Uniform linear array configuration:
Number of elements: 48
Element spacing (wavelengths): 0.25
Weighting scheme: binomial
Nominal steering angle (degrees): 15
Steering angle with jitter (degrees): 14.43
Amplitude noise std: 0.05
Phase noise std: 0.05

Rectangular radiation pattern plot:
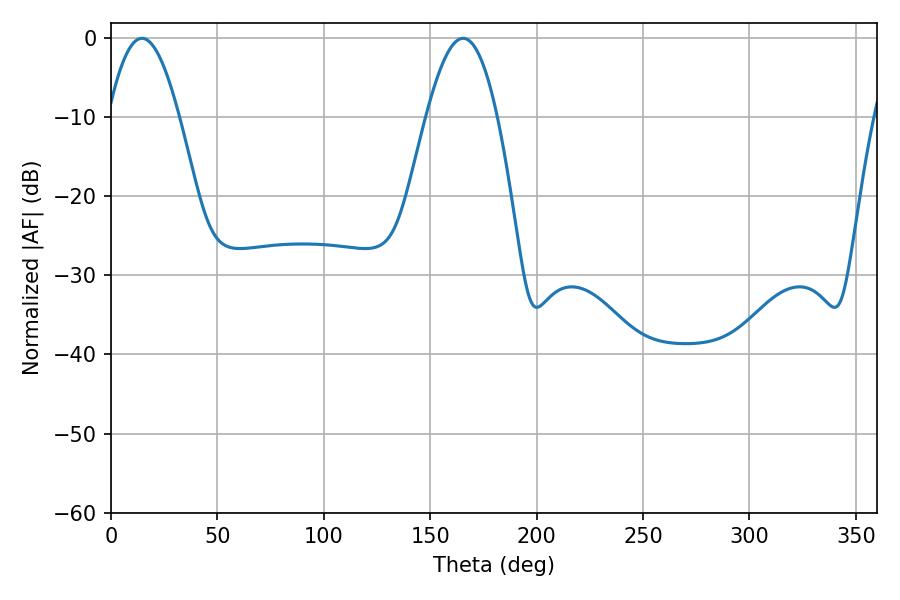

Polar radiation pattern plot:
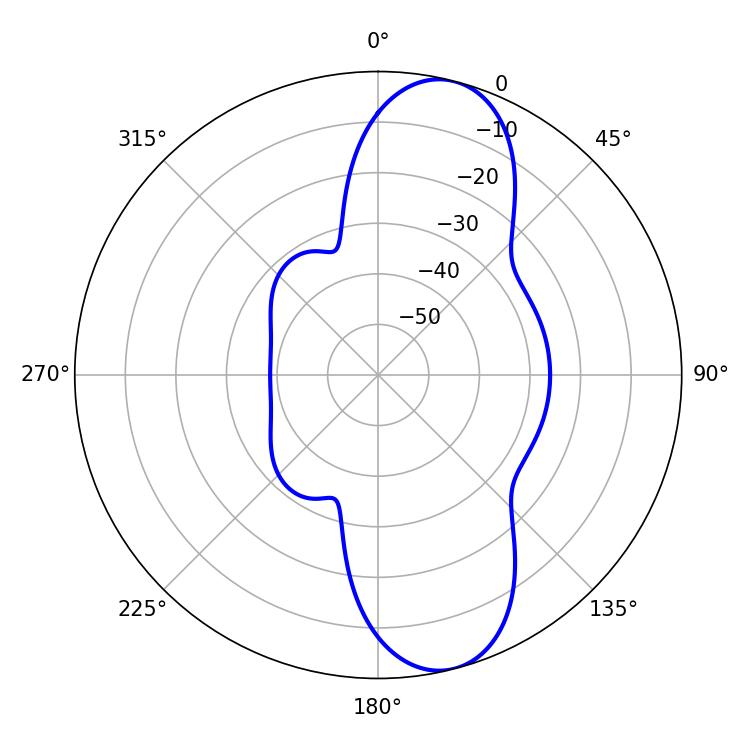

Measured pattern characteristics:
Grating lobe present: FALSE
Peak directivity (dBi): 10.467
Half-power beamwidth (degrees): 18
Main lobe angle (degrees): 14.58